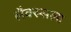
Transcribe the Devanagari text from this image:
लैक्स्सला